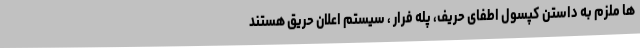
ها ملزم به داستن کپسول اطفای حریف، پله فرار ، سیستم اعلان حریق هستند